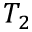
T _ { 2 }